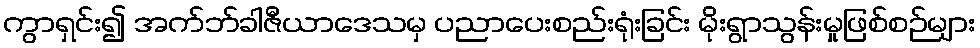
ကွာရှင်း၍ အက်ဘ်ခါဇီယာဒေသမှ ပညာပေးစည်းရုံးခြင်း မိုးရွာသွန်းမှုဖြစ်စဉ်များ